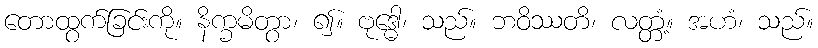
တောထွက်ခြင်းကို။ နိက္ခမိတွာ၊ ၍။ ဗုဒ္ဓေါ၊ သည်။ ဘဝိဿတိ၊ လတ္တံ့။ အဟံ၊ သည်။